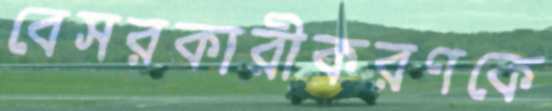
বেসরকারীকরণকে